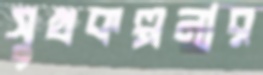
সুখকল্পনার